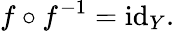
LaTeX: f\circ f^{-1}=\operatorname{id}_{Y}.